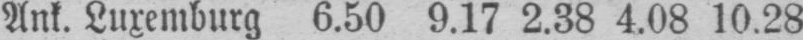
Ank. Luxemburg 6.50 9.17 2.38 4.08 10.28